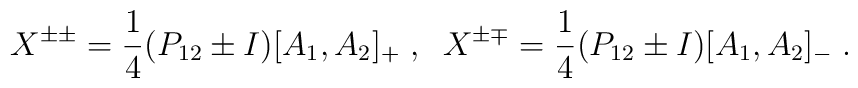
X^{\pm \pm}  =\frac{1}{4} (P_{12} \pm I) [ A_{1}, A_{2} ]_{+} \; , \;\;X^{\pm \mp}  =\frac{1}{4} (P_{12} \pm I) [ A_{1}, A_{2} ]_{-} \; .